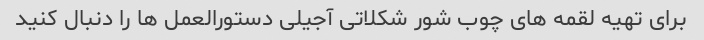
برای تهیه لقمه های چوب شور شکلاتی آجیلی دستورالعمل ها را دنبال کنید